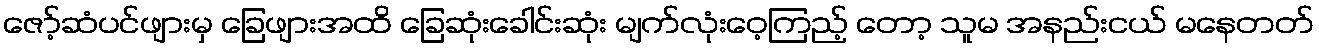
ဇော့်ဆံပင်ဖျားမှ ခြေဖျားအထိ ခြေဆုံးခေါင်းဆုံး မျက်လုံးဝေ့ကြည့် တော့ သူမ အနည်းငယ် မနေတတ်